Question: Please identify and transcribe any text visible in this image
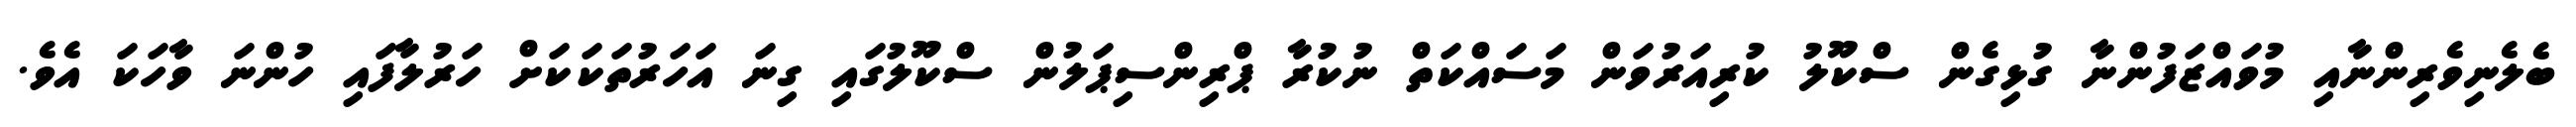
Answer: ބެލެނިވެރިންނާއި މުވައްޒަފުންނާ ގުޅިގެން ސްކޫލު ކުރިއަރުވަން މަސައްކަތް ނުކުރާ ޕްރިންސިޕަލުން ސްކޫލުގައި ގިނަ އަހަރުތަކަކަށް ހަރުލާފައި ހުންނަ ވާހަކަ އެވެ.